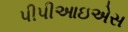
પીપીઆઇએસ